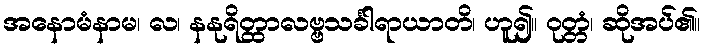
အနောမံနာမ၊ လ၊ နနုရိတ္ထာလဗ္ဗသင်္ခါရာယာတိ၊ ဟူ၍။ ဝုတ္တံ၊ ဆိုအပ်၏။